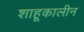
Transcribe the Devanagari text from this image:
शाहूकालीन